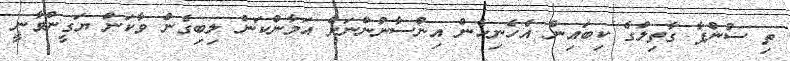
ތި ސުންޕާ ގާތިލްގެ ކިބައިން އެހެނިހެން އިންސާނުންނަށް އަމާންކަން ލިބިގެން ވާކަން ޔަގީންވާނީ